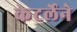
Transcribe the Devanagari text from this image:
केटर्लेने